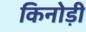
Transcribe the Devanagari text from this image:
किनोड़ी